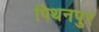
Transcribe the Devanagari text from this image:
पिथनपुर